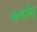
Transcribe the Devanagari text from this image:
चलसेतु